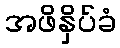
အဖိနှိပ်ခံ